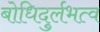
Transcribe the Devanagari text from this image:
बोधिदुर्लभत्व